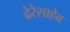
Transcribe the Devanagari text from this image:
ढेरेसाहेब